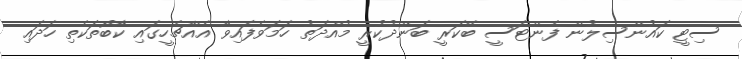
ސިޓީ ކައުންސިލުން ފެންޓަސީ ބޭކަރީ ބަންދުކުރީ މުއްދަތު ހަމަވެފައިވާ އެއްޗެހީގައި ކާބޯތަކެތި ހަދައި